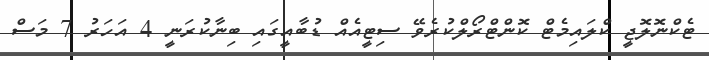
ޓެކްނޮލޮޖީ ކްލައިމެޓް ކޮންޓްރޯލްކުރެވޭ ސިޓީއެއް ޑުބާއީގައި ބިނާކުރަނީ 4 އަހަރު 7 މަސް